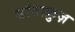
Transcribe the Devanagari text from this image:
सांताक्रुज़